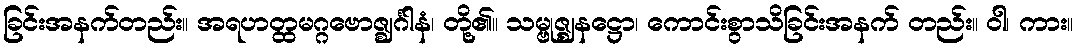
ခြင်းအနက်တည်း။ အရဟတ္ထမဂ္ဂဗောဇ္ဈင်္ဂါနံ၊ တို့၏။ သမ္ဗုဇ္ဈနဋ္ဌော၊ ကောင်းစွာသိခြင်းအနက် တည်း။ ဝါ၊ ကား။